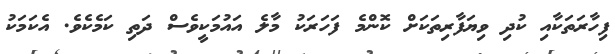
ފިހާރަތަކާއި ކުދި ވިޔަފާރިތަކަށް ކޮންމެ ފަހަރަކު މާލެ އައުމަކީވެސް ދަތި ކަމެކެވެ. އެކަމަކު